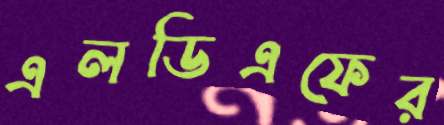
এলডিএফের